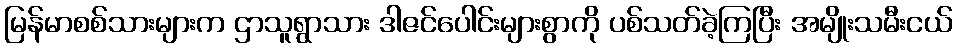
မြန်မာစစ်သားများက ဌာသူရွာသား ဒါဇင်ပေါင်းများစွာကို ပစ်သတ်ခဲ့ကြပြီး အမျိုးသမီးငယ်